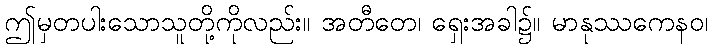
ဤမှတပါးသောသူတို့ကိုလည်း။ အတီတေ၊ ရှေးအခါ၌။ မာနုဿကေနဝ၊